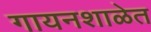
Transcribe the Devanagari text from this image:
गायनशाळेत